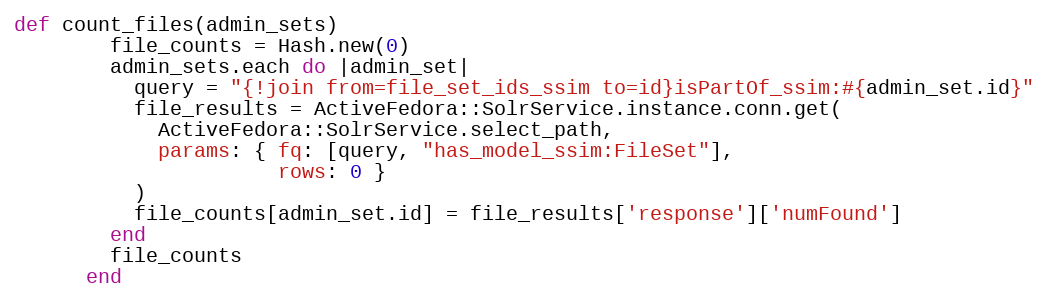
Language: Ruby
def count_files(admin_sets)
        file_counts = Hash.new(0)
        admin_sets.each do |admin_set|
          query = "{!join from=file_set_ids_ssim to=id}isPartOf_ssim:#{admin_set.id}"
          file_results = ActiveFedora::SolrService.instance.conn.get(
            ActiveFedora::SolrService.select_path,
            params: { fq: [query, "has_model_ssim:FileSet"],
                      rows: 0 }
          )
          file_counts[admin_set.id] = file_results['response']['numFound']
        end
        file_counts
      end